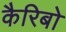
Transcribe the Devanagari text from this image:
कैरिबो